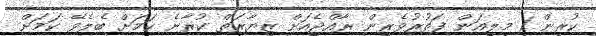
ކުރިން 1 މިލިއަން ފަތުރުވެރިން ރާއްޖެއަށް ޒިޔާރަތް ކުރާނެ ކަމަށް ބެލެވޭ ކަމަށް